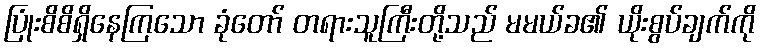
ပြုံးစိစိရှိနေကြသော ခုံတော် တရားသူကြီးတို့သည် မမယ်ခ၏ ယိုးစွပ်ချက်ကို